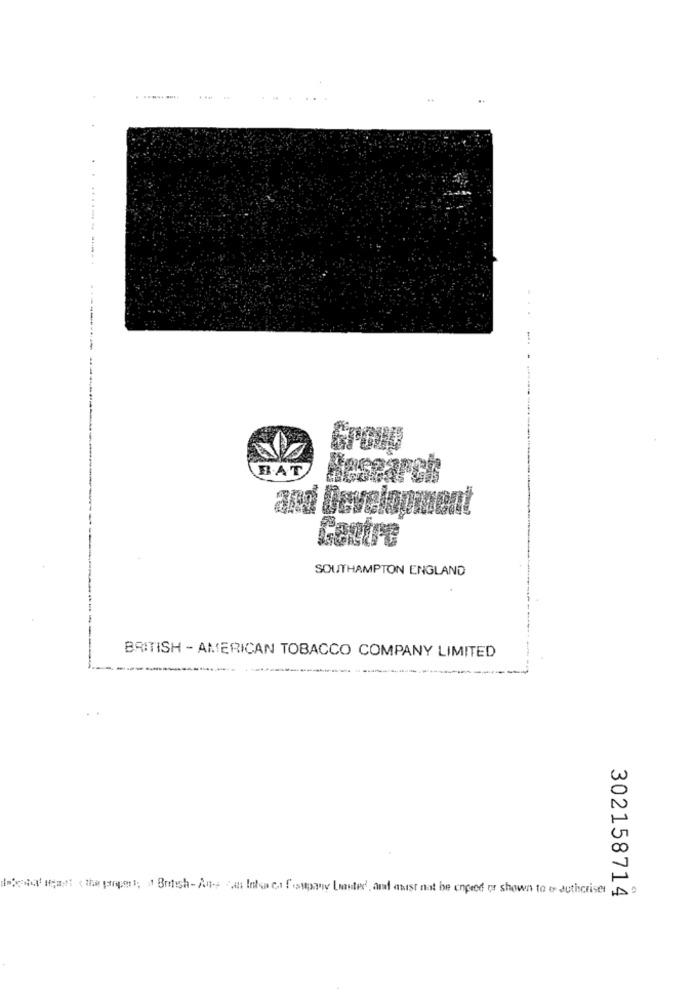
. ..... ....
..
...
BAT
and Develope
Panire
SOUTHAMPTON ENGLAND
BRITISH - AMERICAN TOBACCO COMPANY LIMITED
w
CO
doctorant the propert; a British- Aus z Intsa co Usapay Lauded, and abust not be copied or shown to or authorisets
302158714